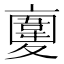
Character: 𩏉